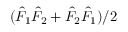
( \hat { F } _ { 1 } \hat { F } _ { 2 } + \hat { F } _ { 2 } \hat { F } _ { 1 } ) / 2